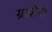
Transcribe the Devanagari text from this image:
ग्रांप्रीची